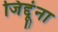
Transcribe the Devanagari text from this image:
जिद्दूंना